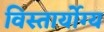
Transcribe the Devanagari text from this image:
विस्तार्योग्य